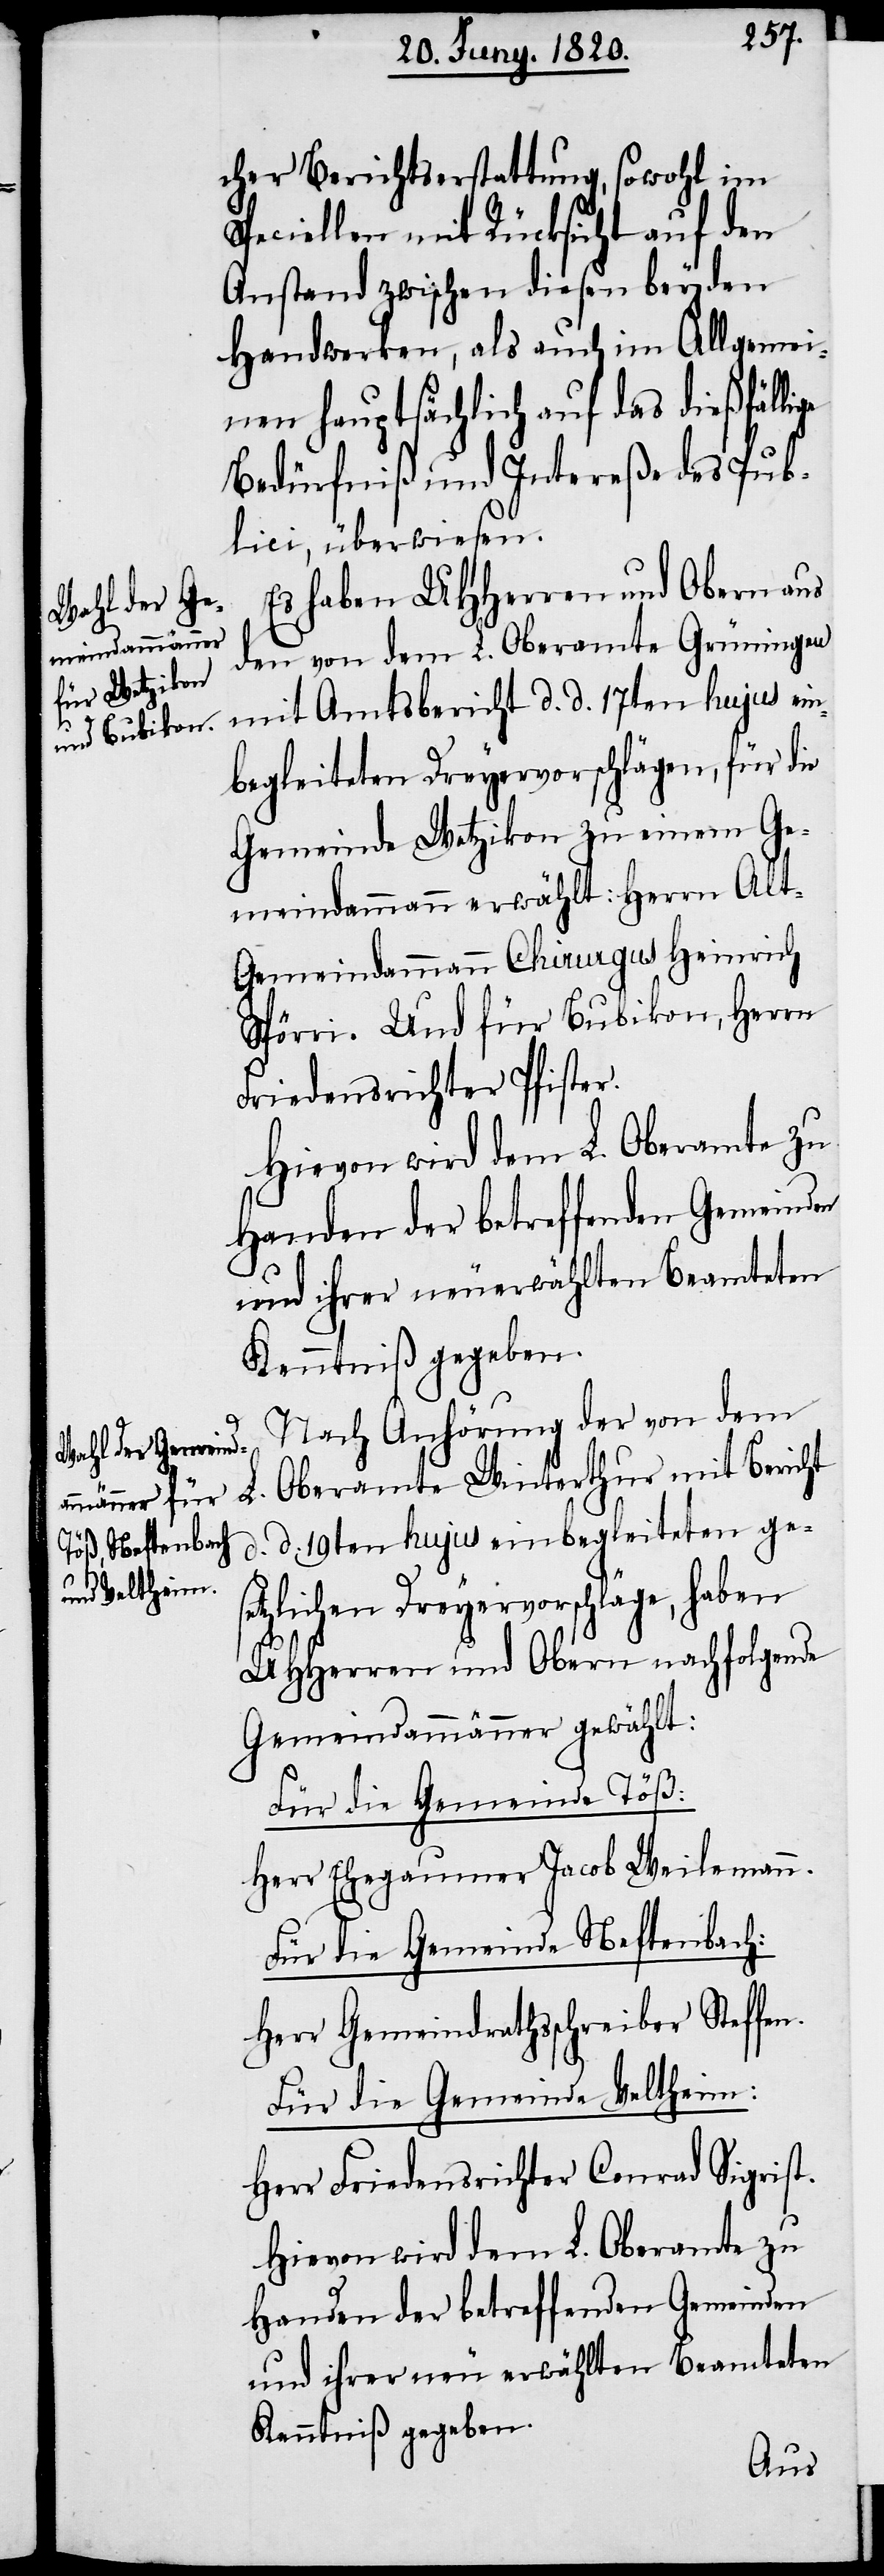
cher Berichtserstattung, sowohl im
Speciellen mit Rücksicht auf den
Anstand zwischen diesen beyden
Handwerken, als auch in Allgemei¬
nen hauptsächlich auf das dießfälli¬
Bedürfniß und Intereße des Pub¬
lici, überwiesen.
Es haben UHHerren und Obern aus
den von dem L. Oberamte Grüningen
mit Amtsbericht d. d. 17ten hujus ein¬
L.
begleiteten Dreyervorschlägen, für die
Gemeinde Wetzikon zu einem Ge¬
meindammann erwählt: Herrn Al¬
t-Gemeindammann Chirurgus Heinrich
Spörri. Und für Bubikon, Herrn
Friedensrichter Pfister.
Hievon wird dem L. Oberamte zu
Handen der betreffenden Gemeinden
und ihrer neuerwählten Beamteten
Kenntniß gegeben.
Nach Anhörung der von dem
Oberamte Winterthur mit Bericht
d. d. 19ten hujus einbegleiteten ges¬
etzlichen Dreyervorschläge, haben
UHherren und Obern nachfolgende
Gemeindammänner gewählt:
Für die Gemeinde Töß:
Herr Ehegaumer Jacob Weilemann.
Für die Gemeinde Neftenbach:
Herr Gemeindrathsschreiber Steffen.
Für die Gemeinde Veltheim:
Herr Friedensrichter Conrad Sigrist.
Hievon wird dem L. Oberamte zu
Handen der betreffenden Gemeinden
und ihrer neu erwählten Beamteten
Kenntniß gegeben.